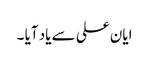
ایان علی سے یاد آیا ۔